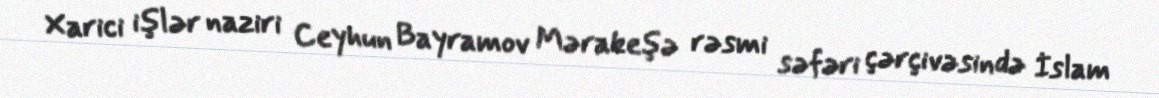
Xarici işlər naziri Ceyhun Bayramov Mərakeşə rəsmi səfəri çərçivəsində İslam